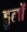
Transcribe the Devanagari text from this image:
ड्डूलों